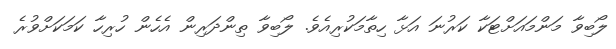
ލޯބިވާ މަންމައަށްޓަކާ ކަރުނަ އަޅާ ހިތާމަކުރިއެވެ. ލޯބިވާ ތިންދަރިން އެހެން ހުރިހާ ކަމަކަށްވުރެ